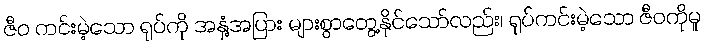
ဇီဝ ကင်းမဲ့သော ရုပ်ကို အနှံ့အပြား များစွာတွေ့နိုင်သော်လည်း၊ ရုပ်ကင်းမဲ့သော ဇီဝကိုမူ